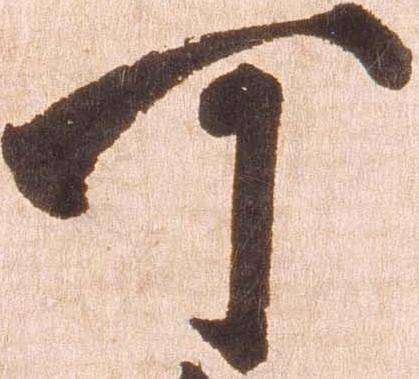
可